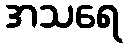
အသရေ